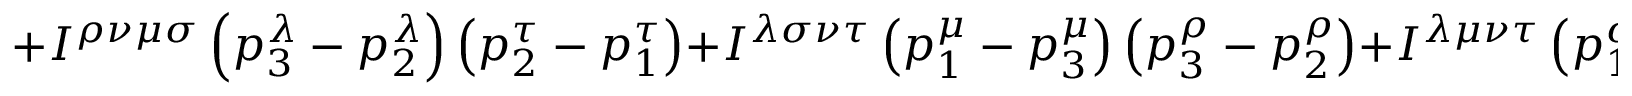
+ I ^ { \rho \nu \mu \sigma } \left( p _ { 3 } ^ { \lambda } - p _ { 2 } ^ { \lambda } \right) \left( p _ { 2 } ^ { \tau } - p _ { 1 } ^ { \tau } \right) + I ^ { \lambda \sigma \nu \tau } \left( p _ { 1 } ^ { \mu } - p _ { 3 } ^ { \mu } \right) \left( p _ { 3 } ^ { \rho } - p _ { 2 } ^ { \rho } \right) + I ^ { \lambda \mu \nu \tau } \left( p _ { 1 } ^ { \sigma } - p _ { 3 } ^ { \sigma } \right) \left( p _ { 3 } ^ { \rho } - p _ { 2 } ^ { \rho } \right)